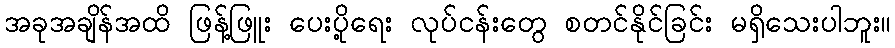
အခုအချိန်အထိ ဖြန့်ဖြူး ပေးပို့ရေး လုပ်ငန်းတွေ စတင်နိုင်ခြင်း မရှိသေးပါဘူး။